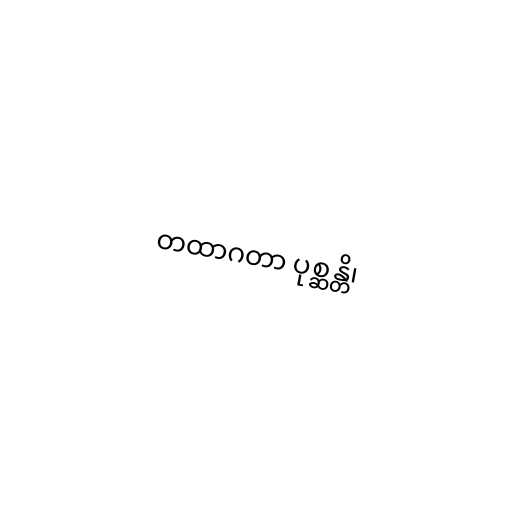
တထာဂတာ ပုစ္ဆန္တိ၊